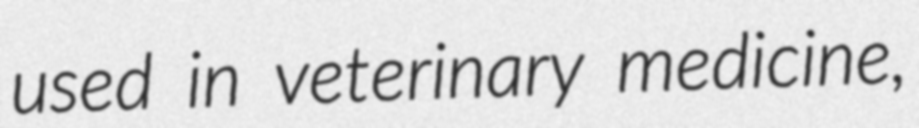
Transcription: used in veterinary medicine,